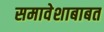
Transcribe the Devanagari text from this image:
समावेशाबाबत